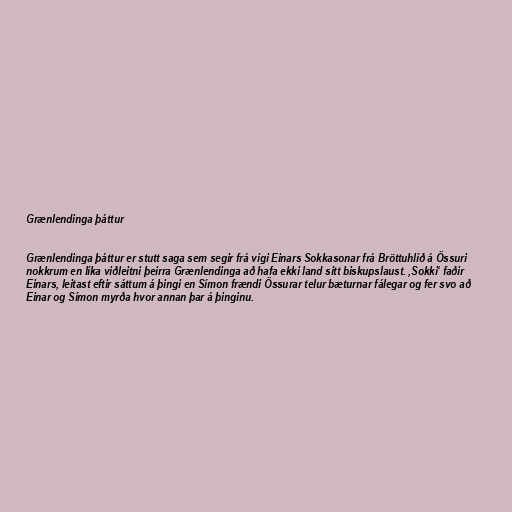
Grænlendinga þáttur

Grænlendinga þáttur er stutt saga sem segir frá vígi Einars Sokkasonar frá Bröttuhlíð á Össuri
nokkrum en líka viðleitni þeirra Grænlendinga að hafa ekki land sitt biskupslaust. ‚Sokki‘ faðir
Einars, leitast eftir sáttum á þingi en Símon frændi Össurar telur bæturnar fálegar og fer svo að
Einar og Símon myrða hvor annan þar á þinginu.